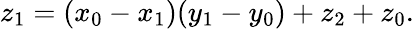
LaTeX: z_{1}=(x_{0}-x_{1})(y_{1}-y_{0})+z_{2}+z_{0}.